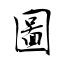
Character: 圖